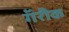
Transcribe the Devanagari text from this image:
गॅरीक